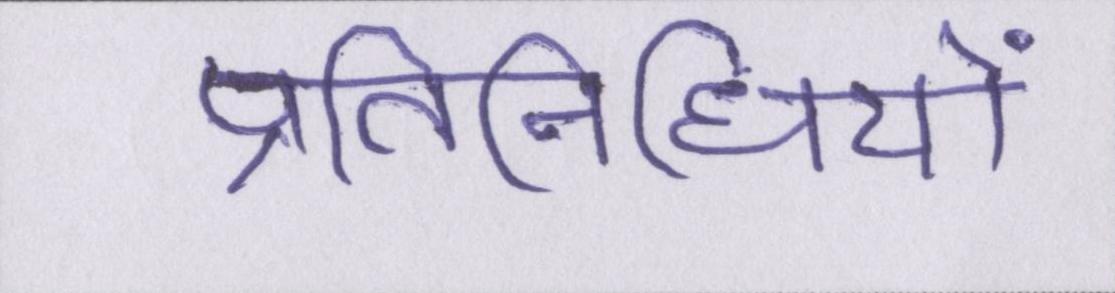
प्रतिनिधियों